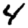
Digit: 4